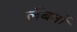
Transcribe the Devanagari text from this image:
लँबर्तो